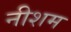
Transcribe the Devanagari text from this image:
नीशम